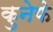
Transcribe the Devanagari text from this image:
कुनेफे